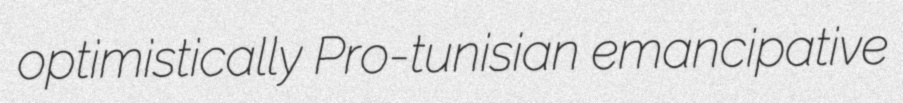
optimistically Pro-tunisian emancipative